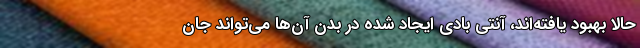
حالا بهبود یافته‌اند، آنتی بادی ایجاد شده در بدن آن‌ها می‌تواند جان